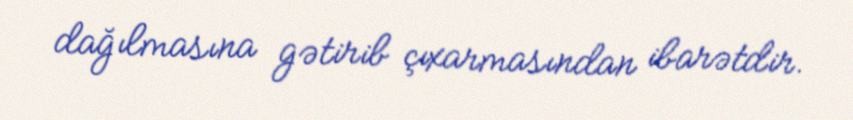
dağılmasına gətirib çıxarmasından ibarətdir.